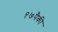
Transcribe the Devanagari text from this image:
१७पैकी